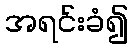
အရင်းခံ၍